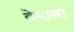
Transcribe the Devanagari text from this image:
वेमाना